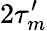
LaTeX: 2\tau_{m}^{\prime}